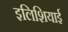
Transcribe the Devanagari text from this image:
इलिशियाई